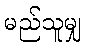
မည်သူမျှ